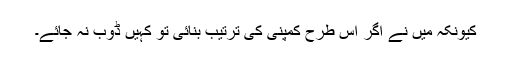
کیونکہ میں نے اگر اس طرح کمپنی کی ترتیب بنائی تو کہیں ڈوب نہ جائے۔